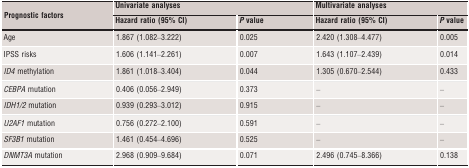
<table><thead><tr><td rowspan="2"><b>Prognostic factors</b></td><td colspan="2"><b>Univariate analyses</b></td><td colspan="2"><b>Multivariate analyses</b></td></tr><tr><td><b>Hazard ratio (95% CI)</b></td><td><b><i>P</i> value</b></td><td><b>Hazard ratio (95% CI)</b></td><td><b><i>P</i> value</b></td></tr></thead><tbody><tr><td>Age</td><td>1.867 (1.082–3.222)</td><td>0.025</td><td>2.420 (1.308–4.477)</td><td>0.005</td></tr><tr><td>IPSS risks</td><td>1.606 (1.141–2.261)</td><td>0.007</td><td>1.643 (1.107–2.439)</td><td>0.014</td></tr><tr><td><i>ID4</i> methylation</td><td>1.861 (1.018–3.404)</td><td>0.044</td><td>1.305 (0.670–2.544)</td><td>0.433</td></tr><tr><td><i>CEBPA</i> mutation</td><td>0.406 (0.056–2.949)</td><td>0.373</td><td>–</td><td>–</td></tr><tr><td><i>IDH1/2</i> mutation</td><td>0.939 (0.293–3.012)</td><td>0.915</td><td>–</td><td>–</td></tr><tr><td><i>U2AF1</i> mutation</td><td>0.756 (0.272–2.100)</td><td>0.591</td><td>–</td><td>–</td></tr><tr><td><i>SF3B1</i> mutation</td><td>1.461 (0.454–4.696)</td><td>0.525</td><td>–</td><td>–</td></tr><tr><td><i>DNMT3A</i> mutation</td><td>2.968 (0.909–9.684)</td><td>0.071</td><td>2.496 (0.745–8.366)</td><td>0.138</td></tr></tbody></table>